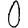
Digit: 0